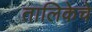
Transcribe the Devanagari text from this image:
तालिकेचे